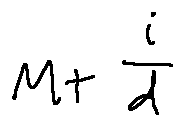
M + \frac { i } { d }